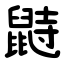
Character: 鼭